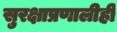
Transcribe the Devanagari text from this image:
सुरक्षाप्रणालीही